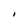
Character: I